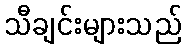
သီချင်းများသည်